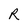
Character: R